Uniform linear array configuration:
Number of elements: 4
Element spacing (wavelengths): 0.25
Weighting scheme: exponential
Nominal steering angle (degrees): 45
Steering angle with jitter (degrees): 45.126
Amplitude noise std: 0.05
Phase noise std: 0.05

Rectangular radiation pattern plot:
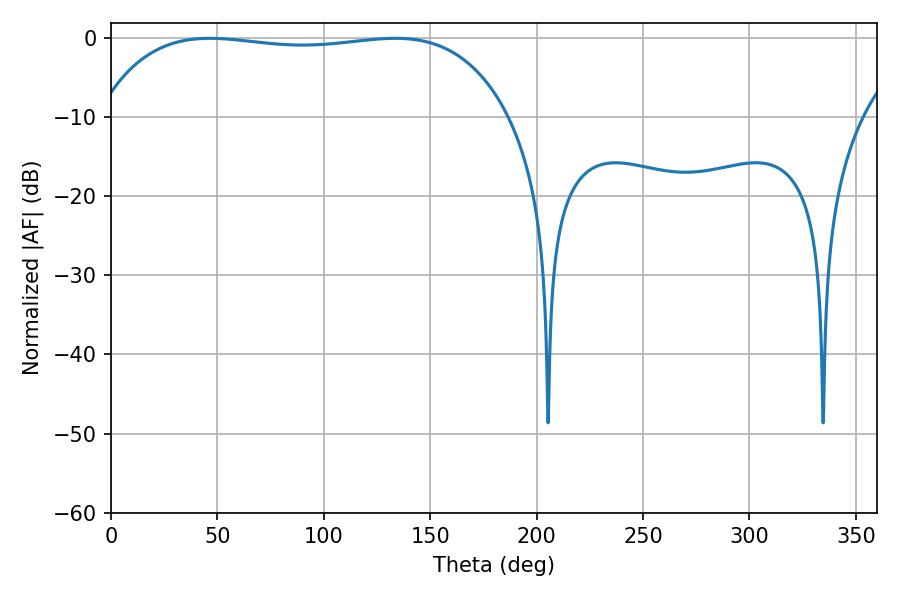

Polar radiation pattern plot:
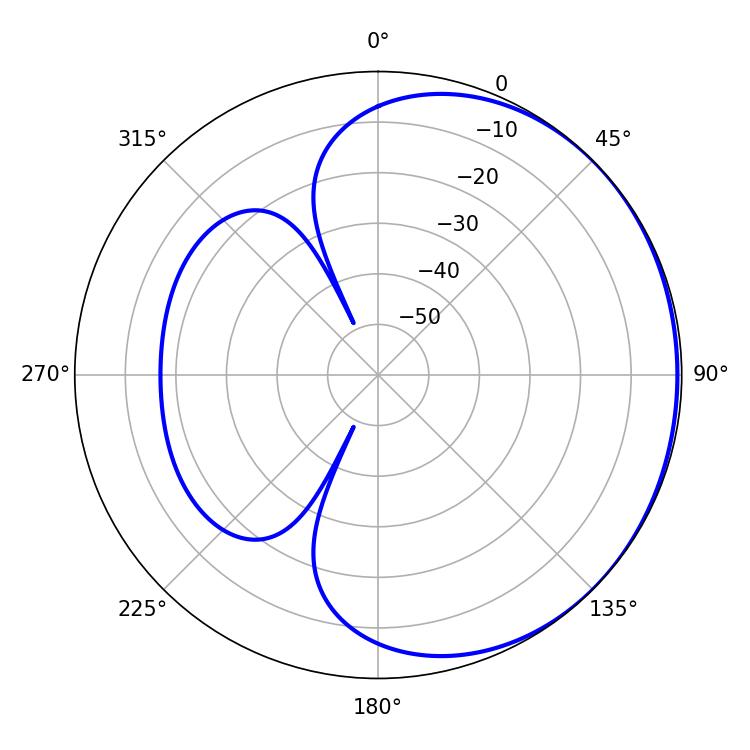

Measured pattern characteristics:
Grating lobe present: FALSE
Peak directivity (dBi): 0.6674
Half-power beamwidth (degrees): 154.08
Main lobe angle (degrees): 46.44